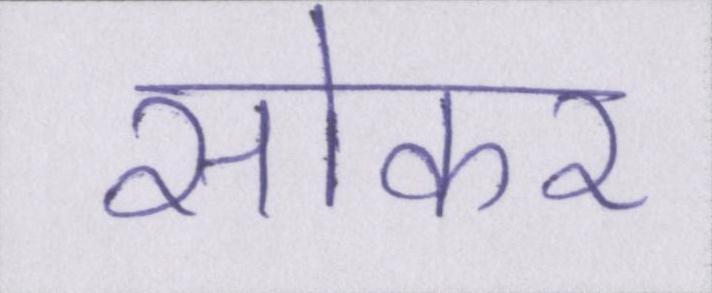
सोकर